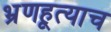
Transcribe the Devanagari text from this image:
भ्रूणहत्याच